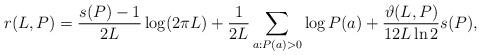
LaTeX: \begin{align*}r(L,P) = \frac{s(P)-1}{2L} \log(2\pi L) + \frac{1}{2L} \sum_{a:P(a)>0} \log P(a) + \frac{\vartheta(L,P)}{12 L \ln 2} s(P) ,\end{align*}